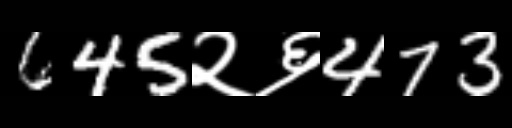
Text: 645२६473